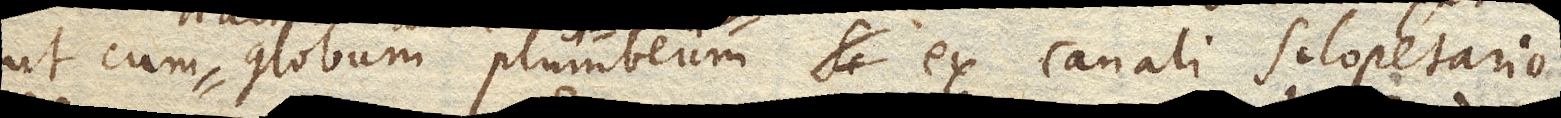
ut cum globum plumbeum si ex canali sclopetario